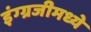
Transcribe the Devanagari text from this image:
इंग्ग्रजीमध्ये